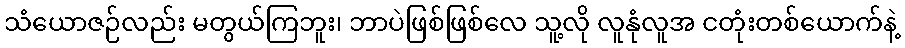
သံယောဇဉ်လည်း မတွယ်ကြဘူး၊ ဘာပဲဖြစ်ဖြစ်လေ သူ့လို လူနုံလူအ ငတုံးတစ်ယောက်နဲ့